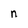
Character: n